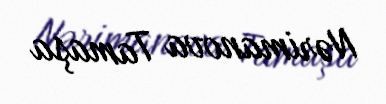
Nərimanova Tamaşa